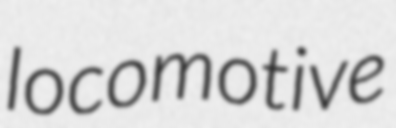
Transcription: locomotive